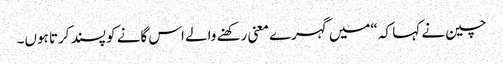
چین نے کہا کہ “میں گہرے معنی رکھنے والے اس گانے کو پسند کرتا ہوں۔